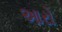
આરો